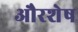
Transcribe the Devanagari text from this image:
औरशेष